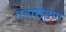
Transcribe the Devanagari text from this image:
गडारोहण